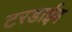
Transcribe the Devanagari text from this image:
टरडाईव